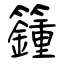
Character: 籦